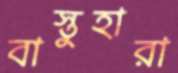
বাস্তুহারা